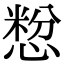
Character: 㥹